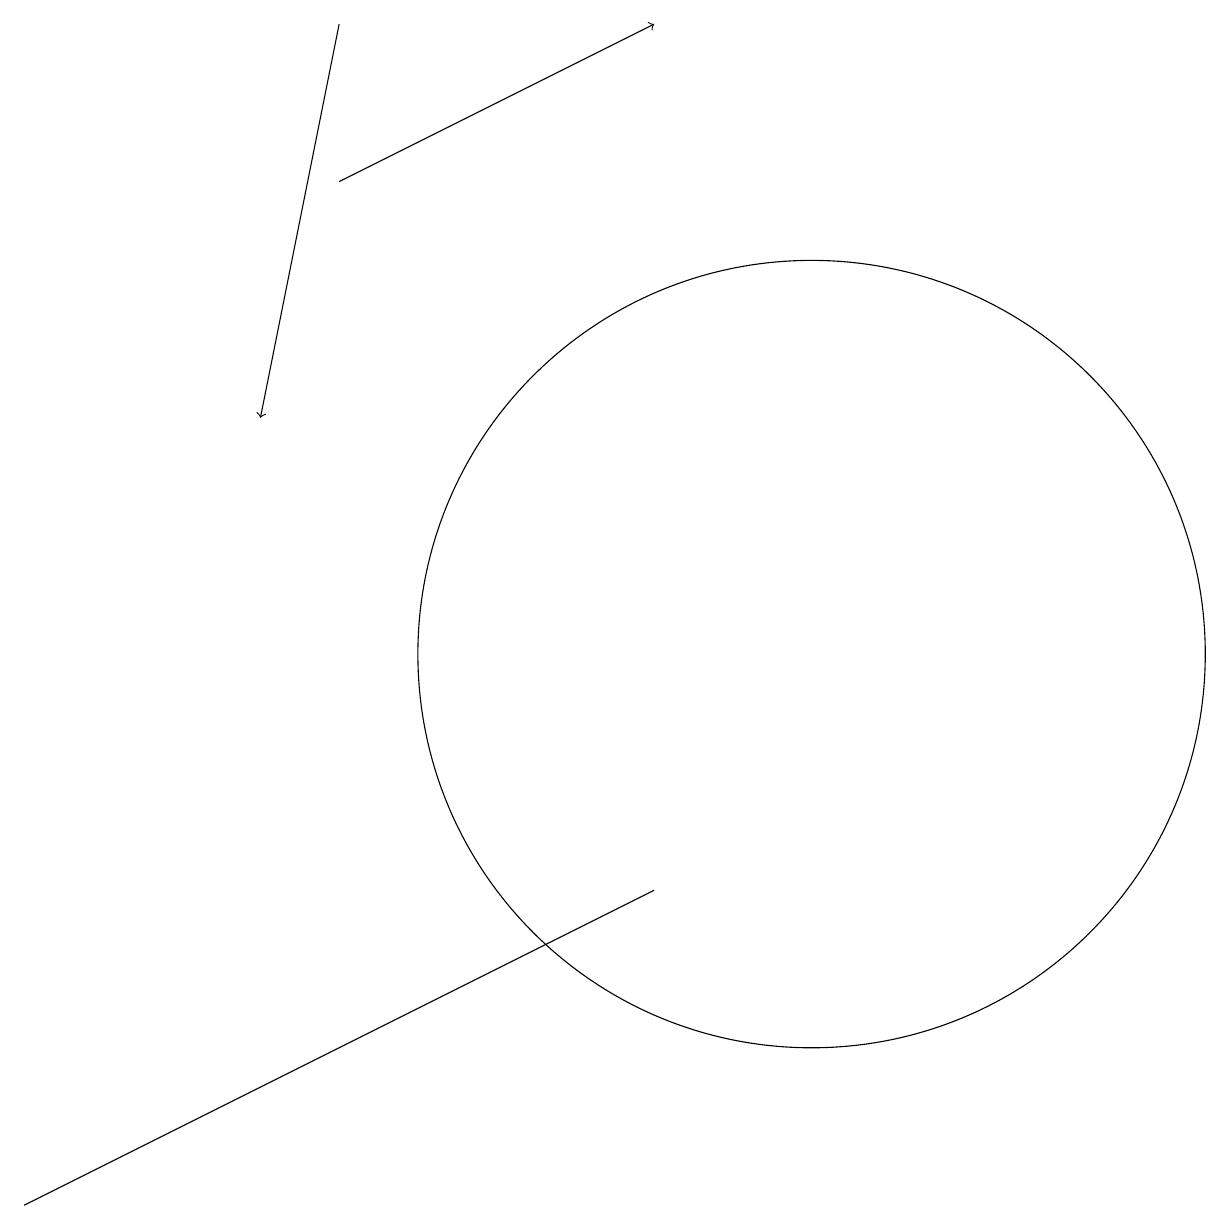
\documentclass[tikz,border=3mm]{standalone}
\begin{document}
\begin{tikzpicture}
\draw (8,8) -- (0,4) -- (4,6) -- cycle;
\draw[->] (4,19) -- (3,14);
\draw[->] (4,17) -- (8,19);
\draw (10,11) circle (5);
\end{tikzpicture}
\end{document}